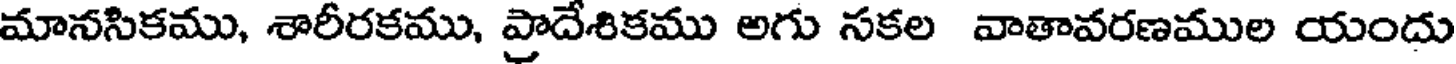
మానసికము, శారీరకము, ప్రాదేశికము అగు సకల వాతావరణముల యందు